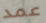
عمد